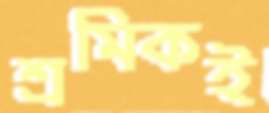
শ্রমিকই